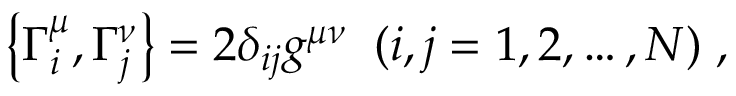
\left\{ \Gamma _ { i } ^ { \mu } , \Gamma _ { j } ^ { \nu } \right\} = 2 \delta _ { i j } g ^ { \mu \nu } \; \; ( i , j = 1 , 2 , \ldots , N ) \; ,